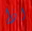
اذا